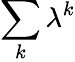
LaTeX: \sum_{k}\lambda^{k}